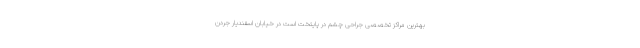
بهترین مراکز تخصصی جراحی چشم در پایتخت است در خیابان اسفندیار جردن